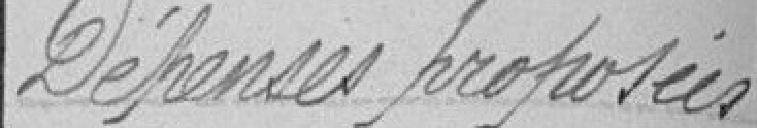
Dépenses proposées